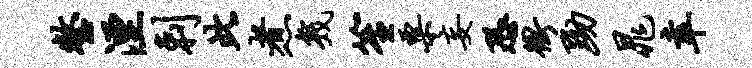
整湮剌此煮几笙粟妄恐冲黝晁幸